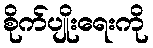
စိုက်ပျိုးရေးကို